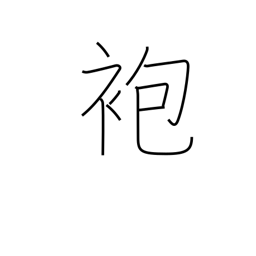
Meaning: coat